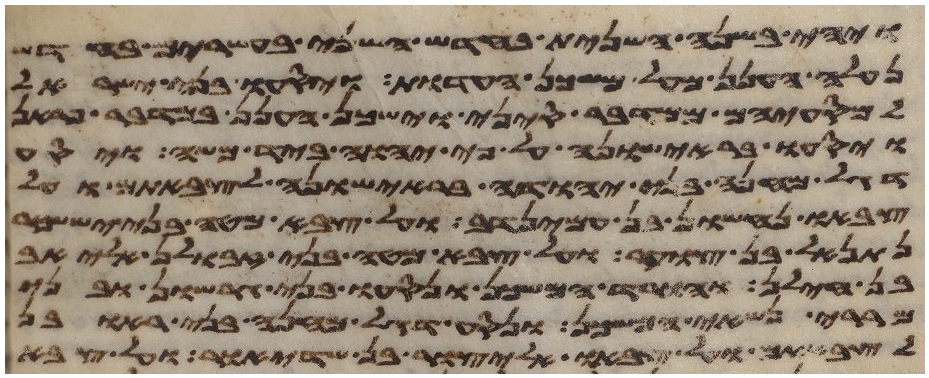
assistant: ויהי בשנה השנית בחדש השני בעשרים בחדש
נעלה הענן מעל משכן העדות ויסעו בני ישראל
למסעיהם ממדבר סיני וישכן הענן במדבר פראן
ויסעו בראישונה על פי יהוה ביד משה ויסע
דגל מחנה בני יהודה בראישונה לצבאתם ועל
צבאו נחשון בן עמינדב ועל צבא מטה בני יששכר
נתנאל בן צוער ועל צבא מטה בני זבולן אליאב
בן חילן והורד המשכן ונסעו בני גרשון ובני
מררי נשאי המשכן ונסע דגל מחנה בני ראובן
לצבאתם ועל צבאו אליצור בן שדיאור ועל צבא